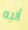
أليه